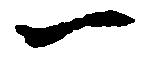
一